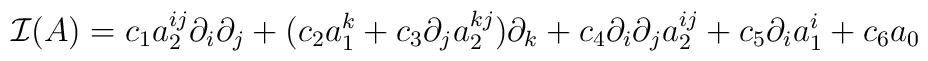
{\cal I}(A)=c_1a_2^{ij}\partial_i\partial_j+(c_2a_1^k + c_3\partial_ja_2^{kj})\partial_k+c_4\partial_i\partial_ja_2^{ij}+c_5\partial_ia_1^i+c_6a_0